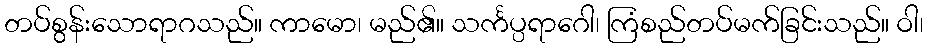
တပ်စွန်းသောရာဂသည်။ ကာမော၊ မည်၏။ သင်္ကပ္ပရာဂေါ၊ ကြံစည်တပ်မက်ခြင်းသည်။ ဝါ၊